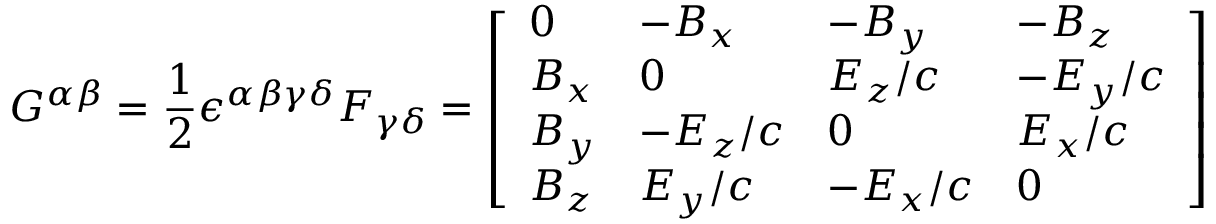
{ G ^ { \alpha \beta } = { \frac { 1 } { 2 } } \epsilon ^ { \alpha \beta \gamma \delta } F _ { \gamma \delta } = { \left[ \begin{array} { l l l l } { 0 } & { - B _ { x } } & { - B _ { y } } & { - B _ { z } } \\ { B _ { x } } & { 0 } & { E _ { z } / c } & { - E _ { y } / c } \\ { B _ { y } } & { - E _ { z } / c } & { 0 } & { E _ { x } / c } \\ { B _ { z } } & { E _ { y } / c } & { - E _ { x } / c } & { 0 } \end{array} \right] } }